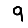
Digit: 9